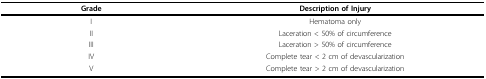
| Grade | Description of Injury |
 | --- | --- |
 | I | Hematoma only |
 | II | Laceration < 50% of circumference |
 | III | Laceration > 50% of circumference |
 | IV | Complete tear < 2 cm of devascularization |
 | V | Complete tear > 2 cm of devascularization |